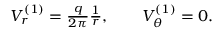
\begin{array} { r } { V _ { r } ^ { ( 1 ) } = \frac { q } { 2 \pi } \frac { 1 } { r } , \quad \quad V _ { \theta } ^ { ( 1 ) } = 0 . } \end{array}